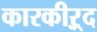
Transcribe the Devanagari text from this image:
कारकीऱ्र्द